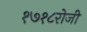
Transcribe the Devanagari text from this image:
१७१८रोजी